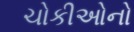
ચોકીઓનો